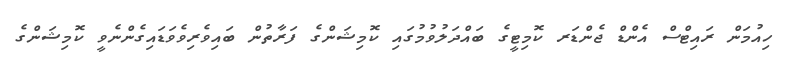
ހިއުމަން ރައިޓްސް އެންޑް ޖެންޑަރ ކޮމިޓީގެ ބައްދަލުވުމުގައި ކޮމިޝަންގެ ފަރާތުން ބައިވެރިވެވަޑައިގެންނެވީ ކޮމިޝަންގެ